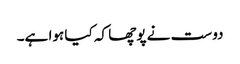
دوست نے پوچھا کہ کیا ہوا ہے۔